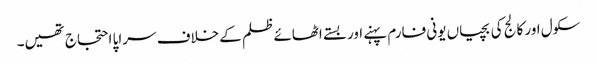
سکول اور کالج کی بچیاں یونی فارم پہنے اور بستے اٹھائے ظلم کے خلاف سراپا احتجاج تھیں۔